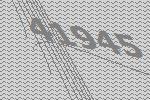
41945